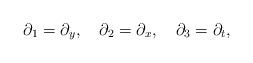
LaTeX: \begin{align*}\partial_1=\partial_y,\quad\partial_2=\partial_x,\quad\partial_3=\partial_t,\end{align*}